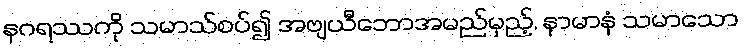
နဂရဿကို သမာသ်စပ်၍ အဗျယီဘောအမည်မှည့်, နာမာနံ သမာသော